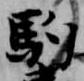
駒